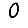
Digit: 0